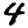
Digit: 4